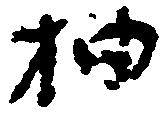
抽